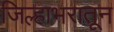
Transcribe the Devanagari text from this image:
जिल्हाभरातून